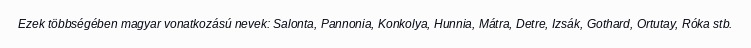
Ezek többségében magyar vonatkozású nevek: Salonta, Pannonia, Konkolya, Hunnia, Mátra, Detre, Izsák, Gothard, Ortutay, Róka stb.